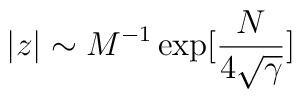
|z| \sim M^{-1}\exp[\frac{N}{4\sqrt\gamma}]